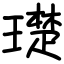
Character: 璴